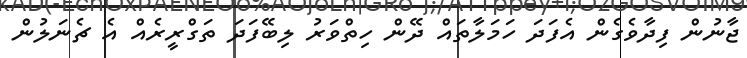
ޖާނުން ފިދާވެގެން އެފަދަ ހަމަލާތައް ދޭން ހިތްވަރު ލިބޭފަދަ ތަގްރީރެއް އެ ޗެނަލުން